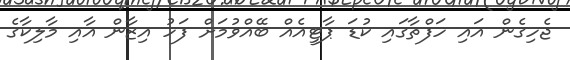
ޖެހިގެން އައި ހަފްތާގައި ކުޑަ ޕާޓީއެއް ބޭއްވުމަށް ފަހު އިޒާން އާއި މާލިކާގެ